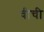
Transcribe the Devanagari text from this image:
वीची